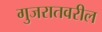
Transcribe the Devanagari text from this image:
गुजरातवरील